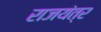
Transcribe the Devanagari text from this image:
राजयंत्र